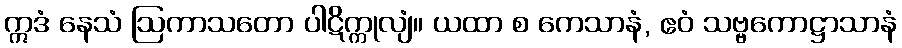
ဣဒံ နေသံ ဩကာသတော ပါဋိက္ကုလျံ။ ယထာ စ ကေသာနံ, ဧဝံ သဗ္ဗကောဋ္ဌာသာနံ